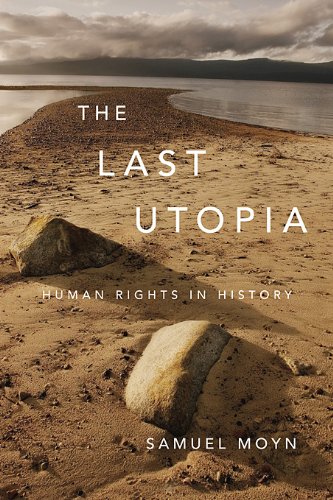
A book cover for The Last Utopia: Human Rights in History; Samuel Moyn; Law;